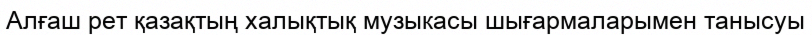
Алғаш рет қазақтың халықтық музыкасы шығармаларымен танысуы